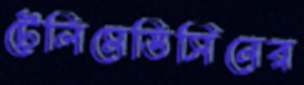
টেলিমেডিসিনের